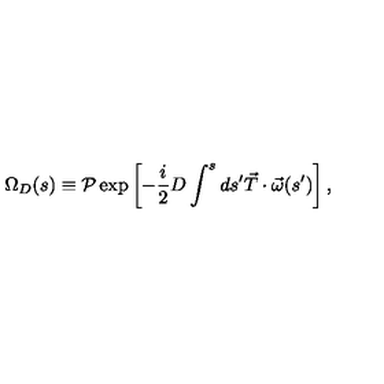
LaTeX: \Omega _ { D } ( s ) \equiv { \cal P } \exp \left[ - \frac { i } { 2 } D \int ^ { s } d s ^ { \prime } \vec { T } \cdot \vec { \omega } ( s ^ { \prime } ) \right] ,